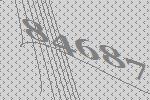
84687